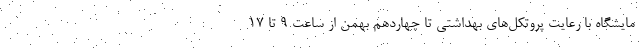
مایشگاه با رعایت پروتکل‌های بهداشتی تا چهاردهم بهمن از ساعت ۹ تا ۱۷